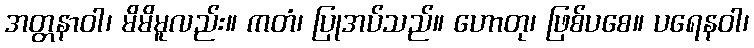
အတ္တနာဝါ၊ မိမိမူလည်း။ ကတံ၊ ပြုအပ်သည်။ ဟောတု၊ ဖြစ်ပစေ။ ပရေနဝါ၊